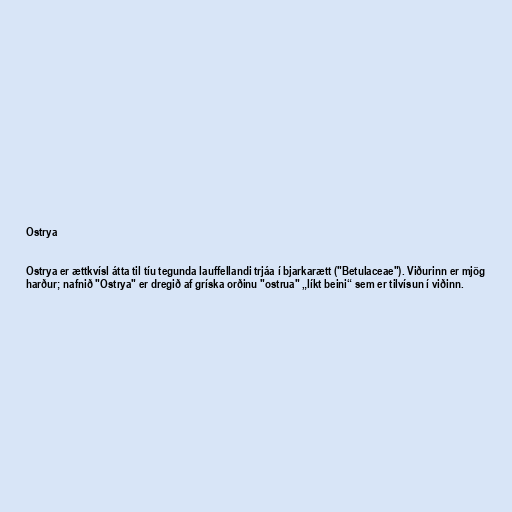
Ostrya

Ostrya er ættkvísl átta til tíu tegunda lauffellandi trjáa í bjarkarætt ("Betulaceae"). Viðurinn er mjög
harður; nafnið "Ostrya" er dregið af gríska orðinu "ostrua" „líkt beini“ sem er tilvísun í viðinn.